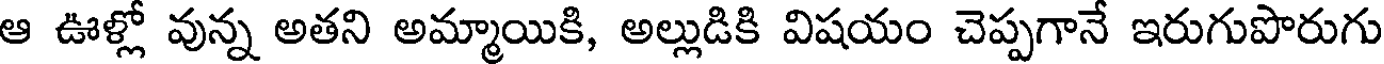
ఆ ఊళ్లో వున్న అతని అమ్మాయికి, అల్లుడికి విషయం చెప్పగానే ఇరుగుపొరుగు